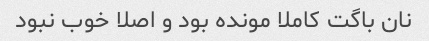
نان باگت کاملا مونده بود و اصلا خوب نبود